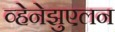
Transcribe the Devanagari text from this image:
व्हेनेझुएलन